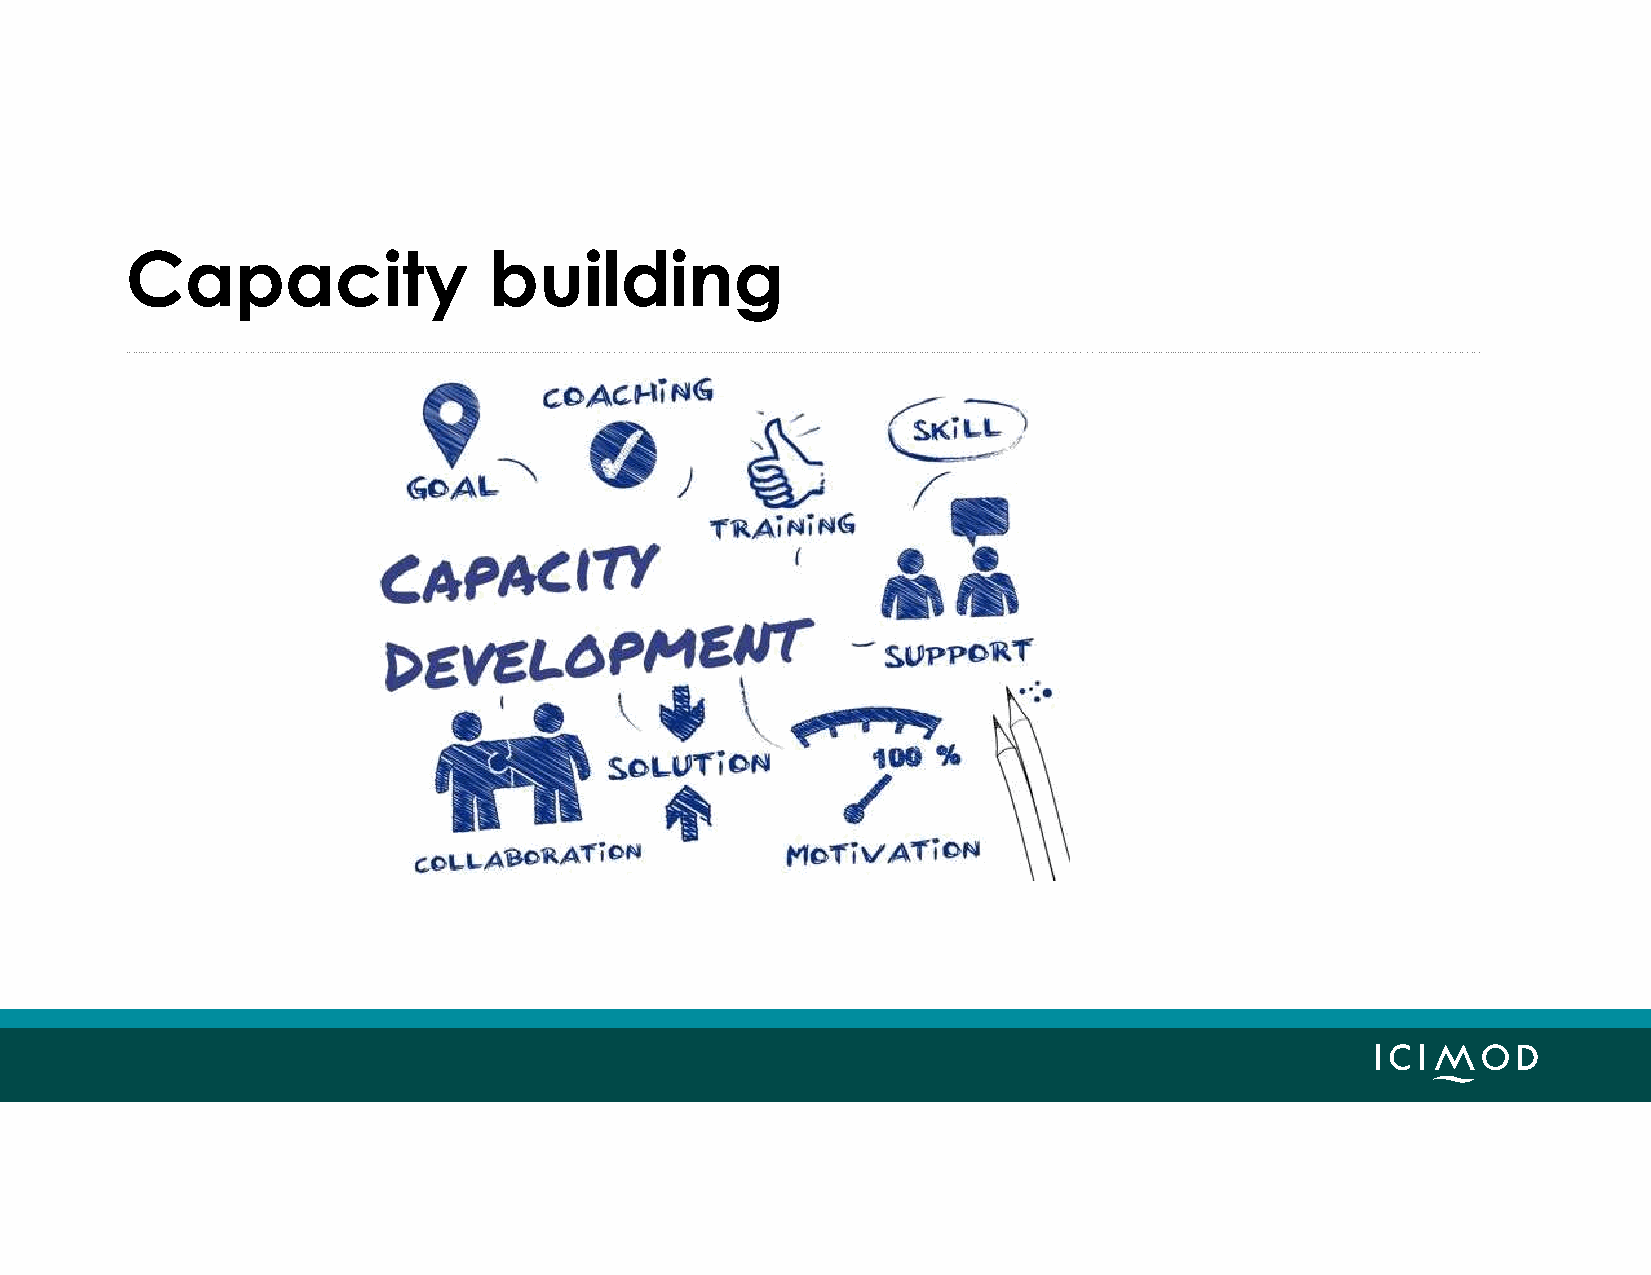
Capacity                building
 • ….  process    by  which
 individuals   and    organizations
 obtain,   improve,     and   retain
 the  skills, knowledge,     tools,
 equipment      and    other
 resources    needed      to do   their
 jobs  competently       or to  a
 greater    capacity…
 (Wikipedia)